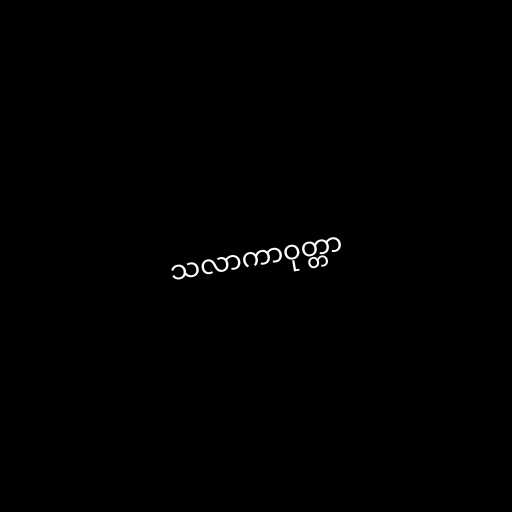
သလာကာဝုတ္တာ